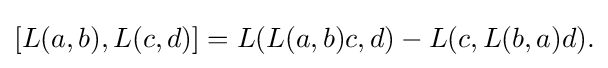
\displaystyle {[L(a,b),L(c,d)]=L(L(a,b)c,d)-L(c,L(b,a)d).}